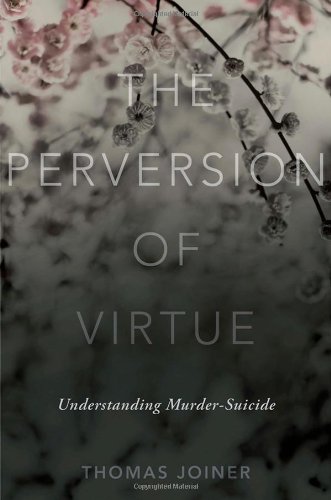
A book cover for The Perversion of Virtue: Understanding Murder-Suicide; Thomas Joiner; Self-Help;